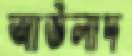
আউলাদ